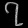
Digit: ၇